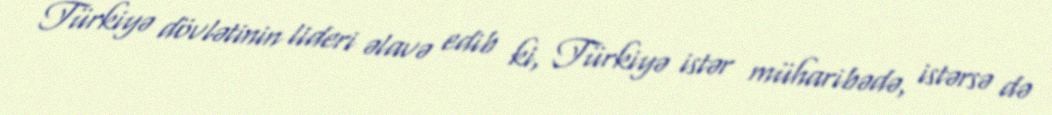
Türkiyə dövlətinin lideri əlavə edib ki, Türkiyə istər müharibədə, istərsə də